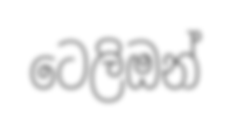
ටෙලිඔන්